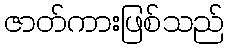
ဇာတ်ကားဖြစ်သည်